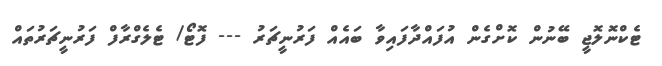
ޓެކްނޮލޮޖީ ބޭނުން ކޮށްގެން އުފައްދާފައިވާ ބައެއް ފަރުނީޗަރު --- ފޮޓޯ/ ޓެލެގްރާފް ފަރުނީޗަރުތައް